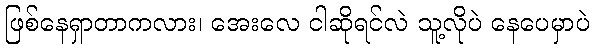
ဖြစ်နေရှာတာကလား၊ အေးလေ ငါဆိုရင်လဲ သူ့လိုပဲ နေပေမှာပဲ